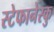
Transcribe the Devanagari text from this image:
स्टेफानेस्कु